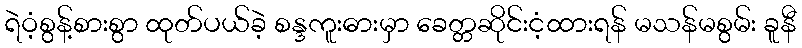
ရဲဝံ့စွန့်စားစွာ ထုတ်ပယ်ခဲ့ စန္ဒကူးဓားမှာ ခေတ္တဆိုင်းငံ့ထားရန် မသန်မစွမ်း ခူနီ